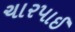
ચારપાઈ